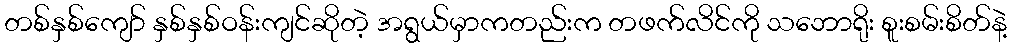
တစ်နှစ်ကျော် နှစ်နှစ်ဝန်းကျင်ဆိုတဲ့ အရွယ်မှာကတည်းက တဖက်လိင်ကို သဘောရိုး စူးစမ်းစိတ်နဲ့